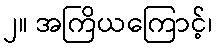
၂။ အကြိယကြောင့်၊